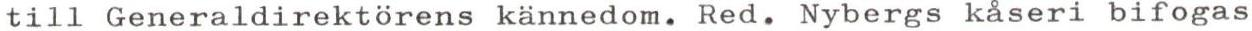
till Generaldirektörens kännedom. Red. Nybergs kåseri bifogas